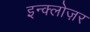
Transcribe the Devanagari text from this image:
इन्क्लोज़र